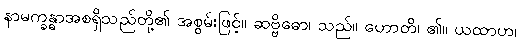
နာမက္ခန္ဓာအစရှိသည်တို့၏ အစွမ်းဖြင့်။ ဆဗ္ဗိဓော၊ သည်။ ဟောတိ၊ ၏။ ယထာဟ၊